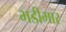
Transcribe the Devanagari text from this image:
भडीमार